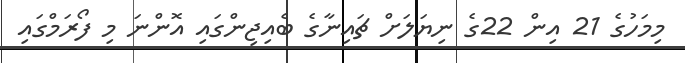
މިމަހުގެ 21 އިން 22ގެ ނިޔަލަށް ޗައިނާގެ ބެއިޖިންގައި އޮންނަ މި ފޯރަމްގައި